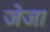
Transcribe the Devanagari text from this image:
जेजा